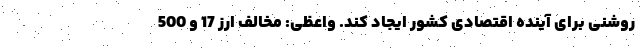
روشنی برای آینده اقتصادی کشور ایجاد کند. واعظی: مخالف ارز 17 و 500